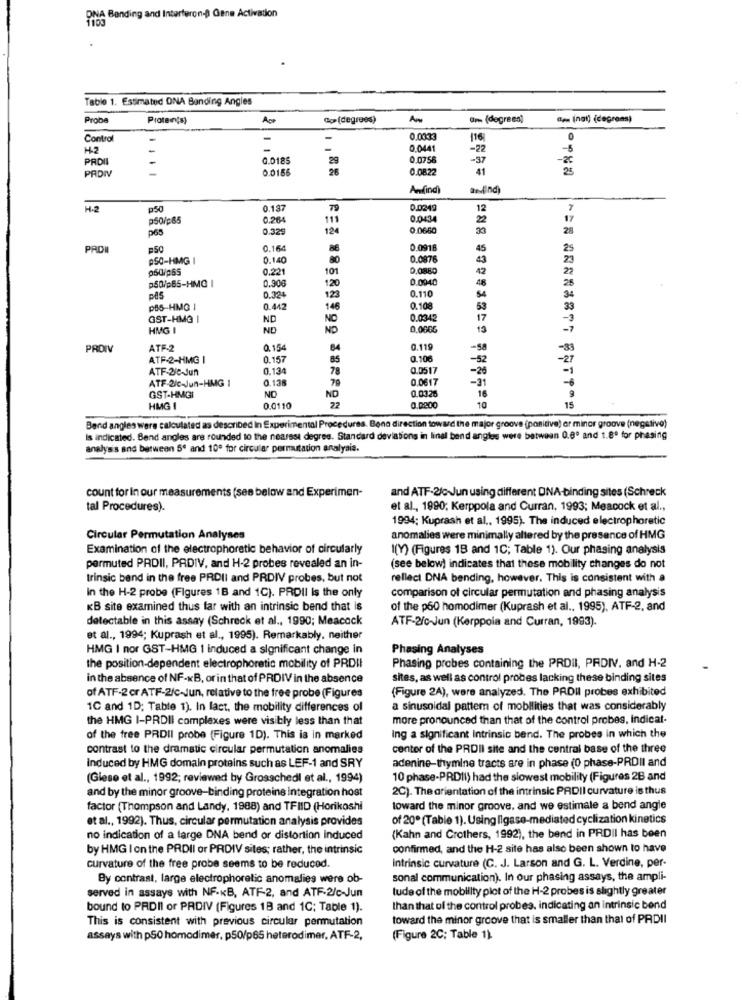
PN'A Bending and Interferon- Gene Activation
Table 1. Estimated DNA Banding Angles
Probe
Proten(s)
Go (degrees)
Am
un (degrees)
Ben (nat) (cegrons)
Control
-
0.0033
116
0.0441
-22
PRDII
G.0185
29
0.0756
-37
0.0156
26
0.0822
41
23
PRDIV
Andfind)
andfind)
H-2
0.18
79
0.0249
12
p50/p65
0.26
0.043
0.32
124
0.0660
28
p65
0.164
86
0.0918
45
25
p50-HIMG I
0.140
0.0876
43
psdipss
0.221
101
0.0880
42
p50/065-HMG I
120
0.0040
28
0.908
0.110
pês
0.324
123
PB5-HMQ I
0.442
146
0.108
53
33
GST-HMQ I
ND
NO
0.0342
17
HMG
ND
ND
0.0006
PROIV
ATF-2
0.154
64
0.119
-sa
-33
ATF-2-HMG I
0.157
85
0.106
-52
ATF-2/0-Jun
0.134
78
0.0517
-20
ATF-2/c-Jun-HMG 1
0,138
0.0617
-31
NO
ND
79
0.03.26
18
9
GST-HMGI
22
15
HMG I
0.0110
0.0000
10
Bend angles wers calculated as described In Experimental Procedures. Bone direction toward the major groove (positive) er minor groove (negative)
Is indicated. Bend angles are rounded to the nearest degree. Standard deviations in linal bend angles were between 0.8º and 1.8º for phasing
analysis and between 5º and 10º for circular permutation analysis.
count for in our measurements (see below and Experimen-
and ATF-2/c Jun using different DNA-binding sites (Schreck
tal Procedures).
et al ., 1990; Kerppola and Curran, 1993; Meacock et al .,
1994; Kuprash et al ., 1995). The induced electrophoretic
Circular Permutation Analyses
anomalies were minimally altered by the presence of HMG
Examination of the electrophoretic behavior of circularly
I(Y) (Figures 18 and 1C; Table 1). Our phasing analysis
permuted PROII, PRDIV, and H-2 probes revealed an in-
(see below) indicates that these mobility changes do not
trinsic band in the free PRDII and PRDIV probes, but not
reflect DNA bending, however, This is consistent with a
in the H-2 probe (Figures 18 and 1C). PROII is the only
comparison of circular permutation and phasing analysis
KB site examined thus far with an intrinsic bend that is
of the p60 homodimer (Kuprash et al ., 1995), ATF-2, and
detectable in this assay (Schreck et al ., 1990; Meacock
ATF-2/c-Jun (Kerppola and Curran, 1993).
et al ., 1994; Kuprash et al ., 1995). Remarkably, neither
HMG I nor GST-HMG 1 induced a significant change in
Phasing Analyses
the position-dependent electrophoretic mobility of PRDII
Phasing probes containing the PRDII, PRDIV. and H-2
in the absence of NF-KB, or in that of PRDIV in the absence
sites, as well as control probes lacking these binding sites
(Figure 2A), were analyzed. The PADII probes exhibited
of ATF-2 cr ATF-2/c-Jun, relative to the free probe (Figures
1C and 1D; Table 1). In fact, the mobility differences of
a sinusoidal pattem of mobilities that was considerably
the HMG I-PRDII complexes were visibly less than that
more pronounced than that of the control probes, indicat.
of the free PRDII probe (Figure 1D). This is in marked
Ing a significant Intrinsic bend. The probes in which the
contrast to the dramatic circular permutation anomalies
center of the PRDII site and the central base of the three
adenine-thymine tracts are in phase (0 phase-PRDII and
induced by HMG domain proteins such as LEF-1 and SRY
(Giese et al ., 1992; reviewed by Grosschedl et al ., 1994)
10 phase-PRDII) had the slowest mobility (Figures 2B and
and by the minor groove-binding proteins Integration host
2C). The orientation of the intrinsic PADII curvature is thus
factor (Thompson and Landy, 1988) and TFIID (Horikoshi
toward the minor groove, and we estimale a bend angle
et al ., 1992). Thus, circular permutation analysis provides
of 20º(Table 1). Using ligase-mediated cyclization kinetics
no indication of a large DNA bend or distortion induced
(Kahn and Crothers, 1992), the bend in PRDII has been
by HMG I on the PRDII or PRDIV sites; rather, the intrinsic
confirmed, and the H-2 site has also been shown to have
Intrinsic curvature (C. J. Larson and G. L. Verdine, per-
curvature of the free probe seems to be reduced.
By contrast, large electrophoretic anomalies were ob-
sonal communication). In our phasing assays, the ampli-
served in assays with NF-KB, ATF-2, and ATF-2/c-Jun
tude of the mobility plot of the H-2 probes is slightly greater
bound to PRDII or PRDIV (Figures 18 and 1C; Table 1).
than that of the control probes, indicating an intrinsic bend
This is consistent with previous circular permutation
toward the minor groove that is smaller than that of PRDII
assays with p50 homodimer. p50/p65 heterodimer, ATF-2,
(Figure 2C; Table 1)